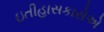
ઇતીહાસકારોએ